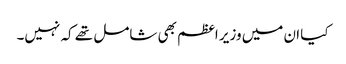
کیا ان میں وزیر اعظم بھی شامل تھے کہ نہیں۔